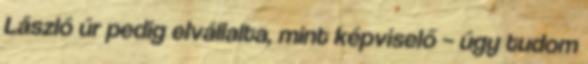
László úr pedig elvállalta, mint képviselő – úgy tudom